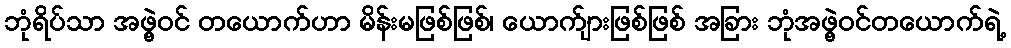
ဘုံရိပ်သာ အဖွဲ့ဝင် တယောက်ဟာ မိန်းမဖြစ်ဖြစ်၊ ယောက်ျားဖြစ်ဖြစ် အခြား ဘုံအဖွဲ့ဝင်တယောက်ရဲ့